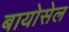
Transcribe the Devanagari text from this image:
बायोसेल